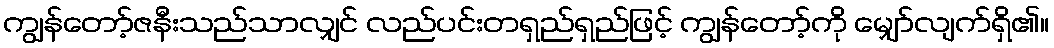
ကျွန်တော့်ဇနီးသည်သာလျှင် လည်ပင်းတရှည်ရှည်ဖြင့် ကျွန်တော့်ကို မျှော်လျက်ရှိ၏။